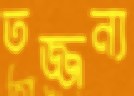
তজ্জন্য